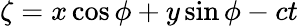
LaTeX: \zeta=x\cos\phi+y\sin\phi-ct